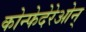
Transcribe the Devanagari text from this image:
कोन्फेदेरेओन्